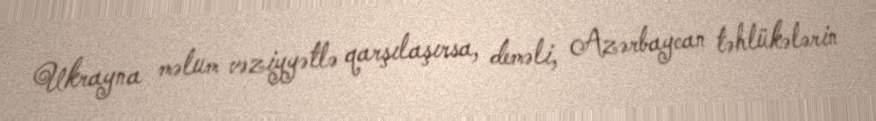
Ukrayna məlum vəziyyətlə qarşılaşırsa, deməli, Azərbaycan təhlükələrin